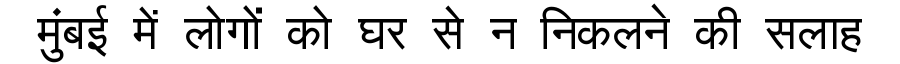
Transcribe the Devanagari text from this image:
मुंबई में लोगों को घर से न निकलने की सलाह